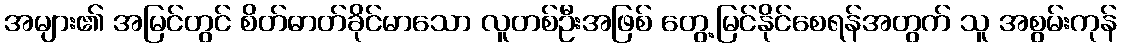
အများ၏ အမြင်တွင် စိတ်ဓာတ်ခိုင်မာသော လူတစ်ဦးအဖြစ် တွေ့မြင်နိုင်စေရန်အတွက် သူ အစွမ်းကုန်